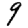
Digit: 9